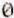
0